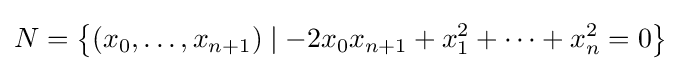
N=\left\{(x_{0},\ldots ,x_{n+1})\mid -2x_{0}x_{n+1}+x_{1}^{2}+\cdots +x_{n}^{2}=0\right\}